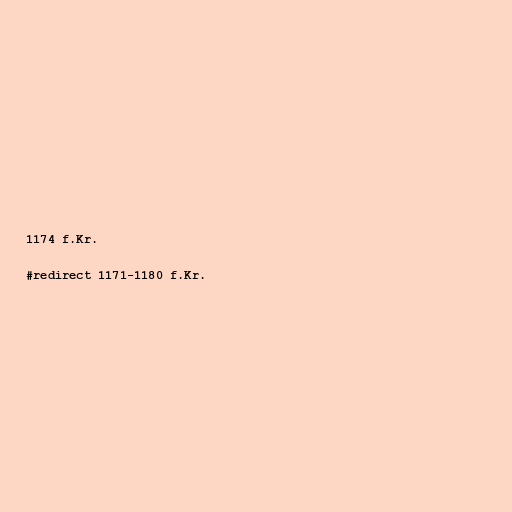
1174 f.Kr.

#redirect 1171-1180 f.Kr.